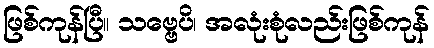
ဖြစ်ကုန်ပြီ။ သဗ္ဗေပိ၊ အလုံးစုံလည်းဖြစ်ကုန်